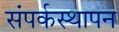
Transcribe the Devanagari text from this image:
संपर्कस्थापन